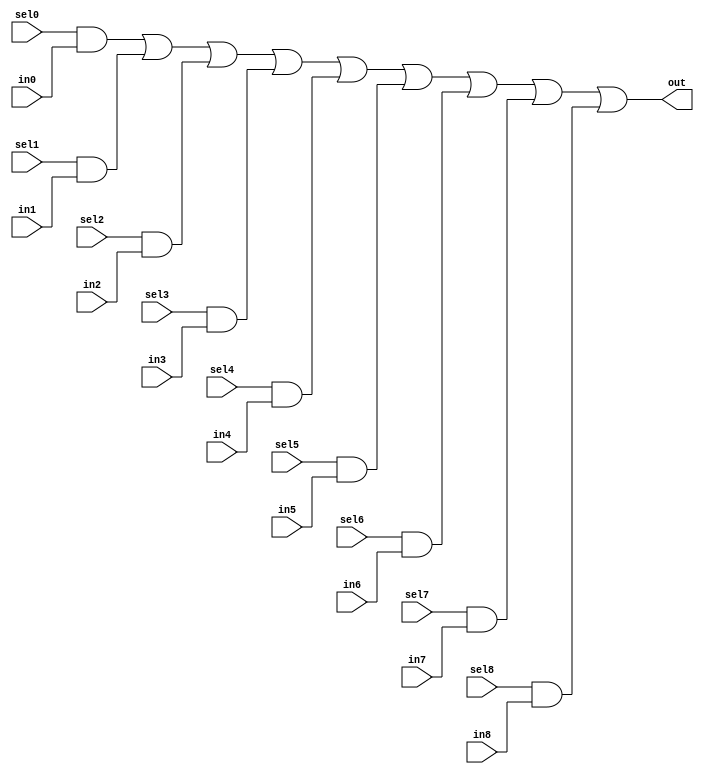
//#############################################################################
//# Function: 9:1 one hot mux                                                #
//#############################################################################
//# Author:   Andreas Olofsson                                                #
//# License:  MIT (see LICENSE file in OH! repository)                        #
//#############################################################################

module oh_mux9 #( parameter N = 1 ) // width of mux
   (
    input 	    sel8,
    input 	    sel7,
    input 	    sel6,
    input 	    sel5,
    input 	    sel4,
    input 	    sel3,
    input 	    sel2,
    input 	    sel1,
    input 	    sel0,
    input [N-1:0]  in8,
    input [N-1:0]  in7,
    input [N-1:0]  in6,
    input [N-1:0]  in5,
    input [N-1:0]  in4,
    input [N-1:0]  in3,
    input [N-1:0]  in2,
    input [N-1:0]  in1,
    input [N-1:0]  in0,
    output [N-1:0] out  //selected data output
    );

   assign out[N-1:0] = ({(N){sel0}} & in0[N-1:0] |
			 {(N){sel1}} & in1[N-1:0] |
			 {(N){sel2}} & in2[N-1:0] |
			 {(N){sel3}} & in3[N-1:0] |
			 {(N){sel4}} & in4[N-1:0] |
			 {(N){sel5}} & in5[N-1:0] |
			 {(N){sel6}} & in6[N-1:0] |
			 {(N){sel7}} & in7[N-1:0] |
			 {(N){sel8}} & in8[N-1:0]);

endmodule // oh_mux9